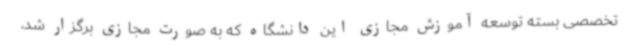
تخصصی بسته توسعه آموزش مجازی این دانشگاه که به صورت مجازی برگزار شد،